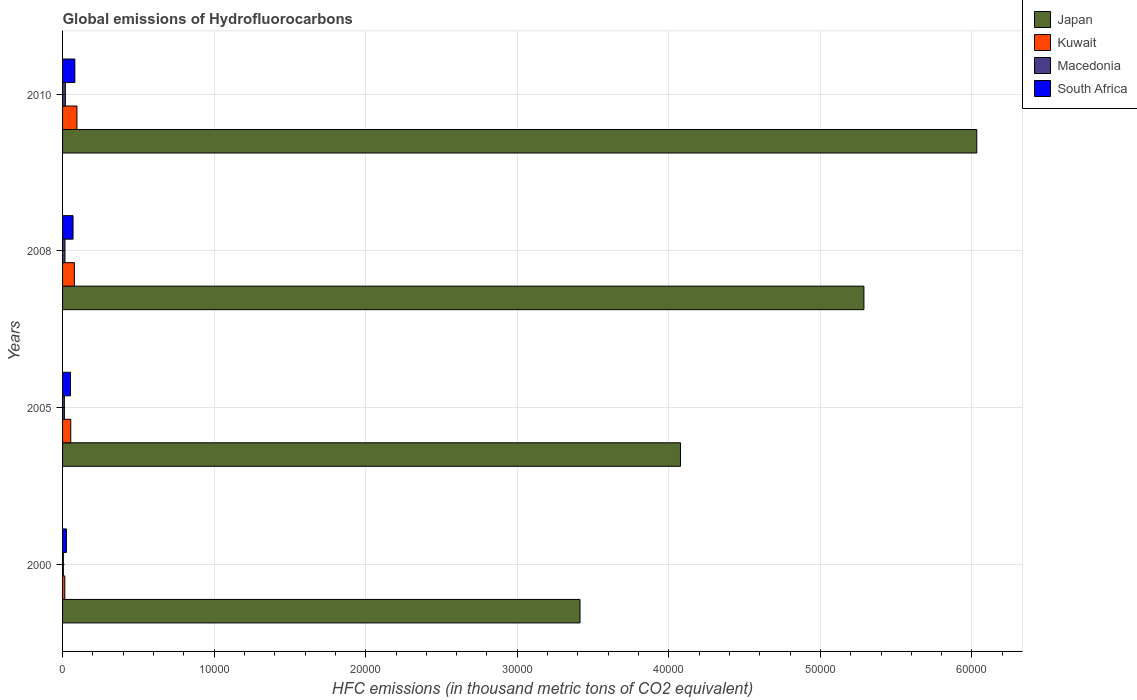
| Years | Japan | Kuwait | Macedonia | South Africa |
 | --- | --- | --- | --- | --- |
 | 2000 | 3.41e+04 | 147 | 51.8 | 255 |
 | 2005 | 4.08e+04 | 540 | 119 | 524 |
 | 2008 | 5.29e+04 | 779 | 158 | 692 |
 | 2010 | 6.03e+04 | 948 | 185 | 811 |